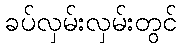
ခပ်လှမ်းလှမ်းတွင်